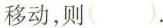
移动，则( ).